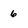
Character: 6